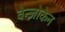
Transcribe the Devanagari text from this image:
वेन्ज़ोकेन